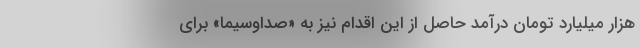
هزار میلیارد تومان درآمد حاصل از این اقدام نیز به «صداوسیما» برای